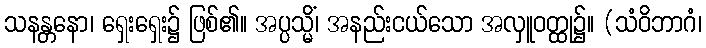
သနန္တနော၊ ရှေးရှေး၌ ဖြစ်၏။ အပ္ပသ္မိံ၊ အနည်းငယ်သော အလှူဝတ္ထု၌။ (သံဝိဘာဂံ၊